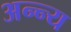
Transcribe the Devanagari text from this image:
अन्न्य